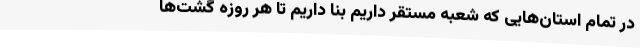
در تمام استان‌هایی که شعبه مستقر داریم بنا داریم تا هر روزه گشت‌ها